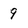
Character: 9